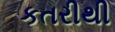
કતરીથી